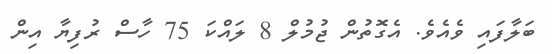
ބަލާފައި ވެއެވެ. އެގޮތުުން ޖުމުލް 8 ލައްކަ 75 ހާސް ރުފިޔާ އިން